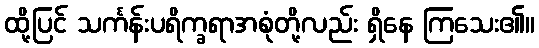
ထို့ပြင် သင်္ကန်းပရိက္ခရာအစုံတို့လည်း ရှိနေ ကြသေး၏။